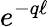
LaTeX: e^{-q\ell}